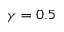
\gamma = 0 . 5